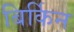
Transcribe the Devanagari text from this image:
बिर्किन